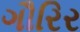
ગૌરિર